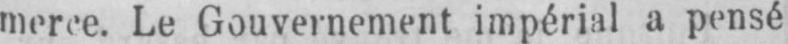
merce. Le Gouvernement impérial a pensé